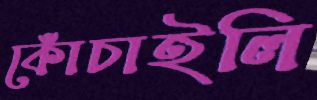
কোঁচাইলি